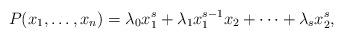
LaTeX: \begin{align*}P(x_1, \ldots, x_n)=\lambda_0 x_1^s+\lambda_1 x_1^{s-1}x_2+\cdots +\lambda_s x_2^s,\end{align*}